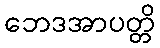
ဘေဒအာပတ္တိ